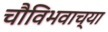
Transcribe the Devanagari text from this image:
चौविभवाच्या